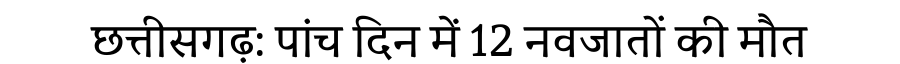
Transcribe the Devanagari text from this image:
छत्तीसगढ़: पांच दिन में 12 नवजातों की मौत